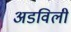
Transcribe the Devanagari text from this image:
अडविली